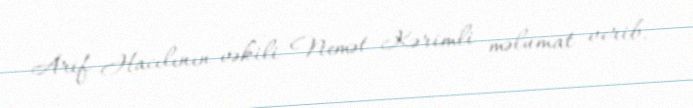
Arif Hacılının vəkili Nemət Kərimli məlumat verib.